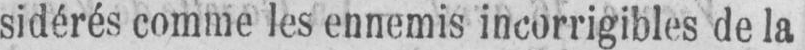
sidérés comme les ennemis incorrigibles de la